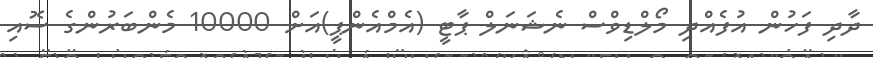
ދާދި ފަހުން އުފެއްދި މޯލްޑިވްސް ނެޝަނަލް ޕާޓީ (އެމްއެންޕީ)އަށް 10000 މެންބަރުންގެ ސޮއި